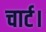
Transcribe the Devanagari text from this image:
चार्ट।